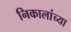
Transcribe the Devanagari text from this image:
निकालांच्या